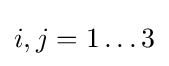
i,j=1\dots 3